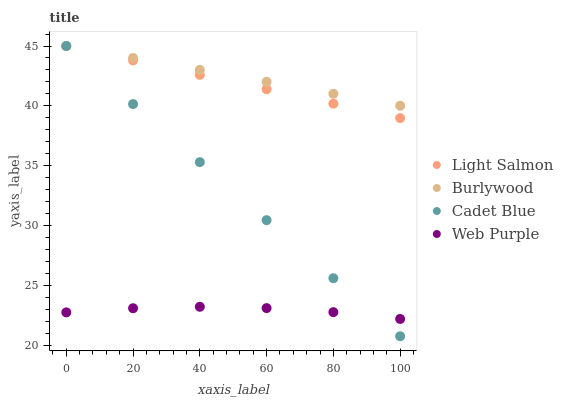
| xaxis_label | Light Salmon | Burlywood | Cadet Blue | Web Purple |
 | --- | --- | --- | --- | --- |
 | 0 | 45 | 45 | 45 | 22.8 |
 | 20 | 43.8 | 44 | 40.2 | 23.1 |
 | 40 | 42.6 | 43 | 35.3 | 23.2 |
 | 60 | 41.4 | 42 | 30.5 | 23.1 |
 | 80 | 40.2 | 41 | 25.6 | 22.8 |
 | 100 | 39 | 40 | 20.8 | 22.2 |